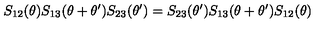
S _ { 1 2 } ( \theta ) S _ { 1 3 } ( \theta + \theta ^ { \prime } ) S _ { 2 3 } ( \theta ^ { \prime } ) = S _ { 2 3 } ( \theta ^ { \prime } ) S _ { 1 3 } ( \theta + \theta ^ { \prime } ) S _ { 1 2 } ( \theta )